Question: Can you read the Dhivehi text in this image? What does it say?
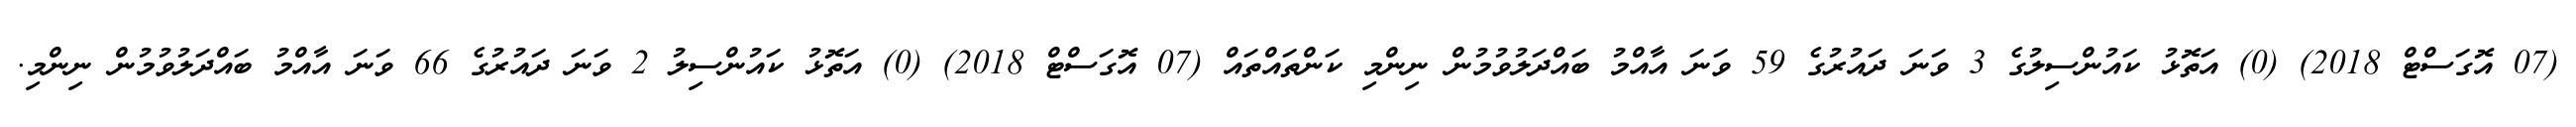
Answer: (07 އޮގަސްޓް 2018) (0) އަތޮޅު ކައުންސިލުގެ 3 ވަނަ ދައުރުގެ 59 ވަނަ އާއްމު ބައްދަލުވުމުން ނިންމި ކަންތައްތައް (07 އޮގަސްޓް 2018) (0) އަތޮޅު ކައުންސިލު 2 ވަނަ ދައުރުގެ 66 ވަނަ އާއްމު ބައްދަލުވުމުން ނިންމި.